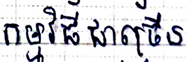
កម្មវិធីជាច្រើន